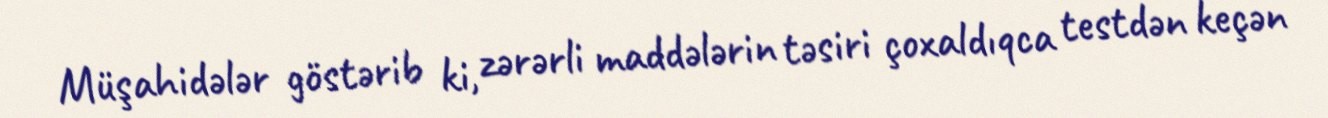
Müşahidələr göstərib ki, zərərli maddələrin təsiri çoxaldıqca testdən keçən